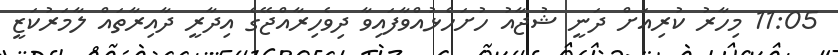
11:05 މިހާރު ކުރިއަށް ދަނީ ޝުޖާއު ހުށަހެޅުއްވާފައިވާ ދިވެހިރާއްޖޭގެ އިދާރީ ދާއިރާތައް ލާމަރުކަޒީ